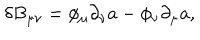
\delta B _ { \mu \nu } = \phi _ { \mu } \partial _ { \nu } a - \phi _ { \nu } \partial _ { \mu } a ,